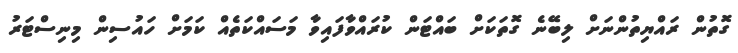
ގޮތުން ރައްޔިތުންނަށް ލިބޭނެ ގޮތަކަށް ބައްޓަން ކުރައްވާފައިވާ މަސައްކަތެއް ކަމަށް ހައުސިން މިނިސްޓަރު